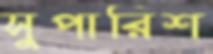
সুপারিশ